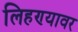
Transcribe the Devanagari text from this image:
लिहण्यावर